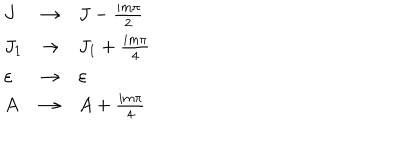
LaTeX: \begin{array} { l l l } { { J } } & { { \rightarrow } } & { { J - { \frac { i m \pi } { 2 } } } } \\ { { J _ { 1 } } } & { { \rightarrow } } & { { J _ { 1 } + { \frac { i m \pi } { 4 } } } } \\ { { \varepsilon } } & { { \rightarrow } } & { { \varepsilon } } \\ { { A } } & { { \rightarrow } } & { { A + { \frac { i m \pi } { 4 } } } } \\ \end{array}